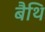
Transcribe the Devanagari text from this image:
बैथि